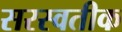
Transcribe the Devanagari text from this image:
सरस्वतीक